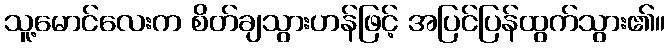
သူ့မောင်လေးက စိတ်ချသွားဟန်ဖြင့် အပြင်ပြန်ထွက်သွား၏။